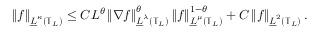
\left\| f \right\| _ { \underline { { L } } ^ { \kappa } ( \mathbb { T } _ { L } ) } \leq C L ^ { \theta } \left\| \nabla f \right\| _ { \underline { { L } } ^ { \lambda } ( \mathbb { T } _ { L } ) } ^ { \theta } \left\| f \right\| _ { \underline { { L } } ^ { \mu } ( \mathbb { T } _ { L } ) } ^ { 1 - \theta } + C \left\| f \right\| _ { \underline { { L } } ^ { 2 } ( \mathbb { T } _ { L } ) } .